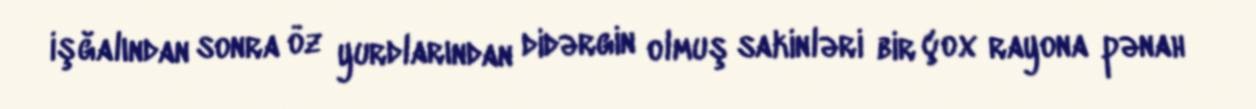
işğalından sonra öz yurdlarından didərgin olmuş sakinləri bir çox rayona pənah